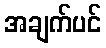
အချက်ပင်